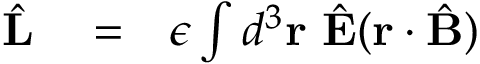
\begin{array} { r l r } { \hat { \bf L } } & { { } = } & { \epsilon \int d ^ { 3 } { \bf r } \ \hat { \bf E } ( { \bf r } \cdot \hat { \bf B } ) } \end{array}